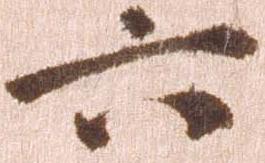
六